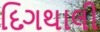
દિગથાલી